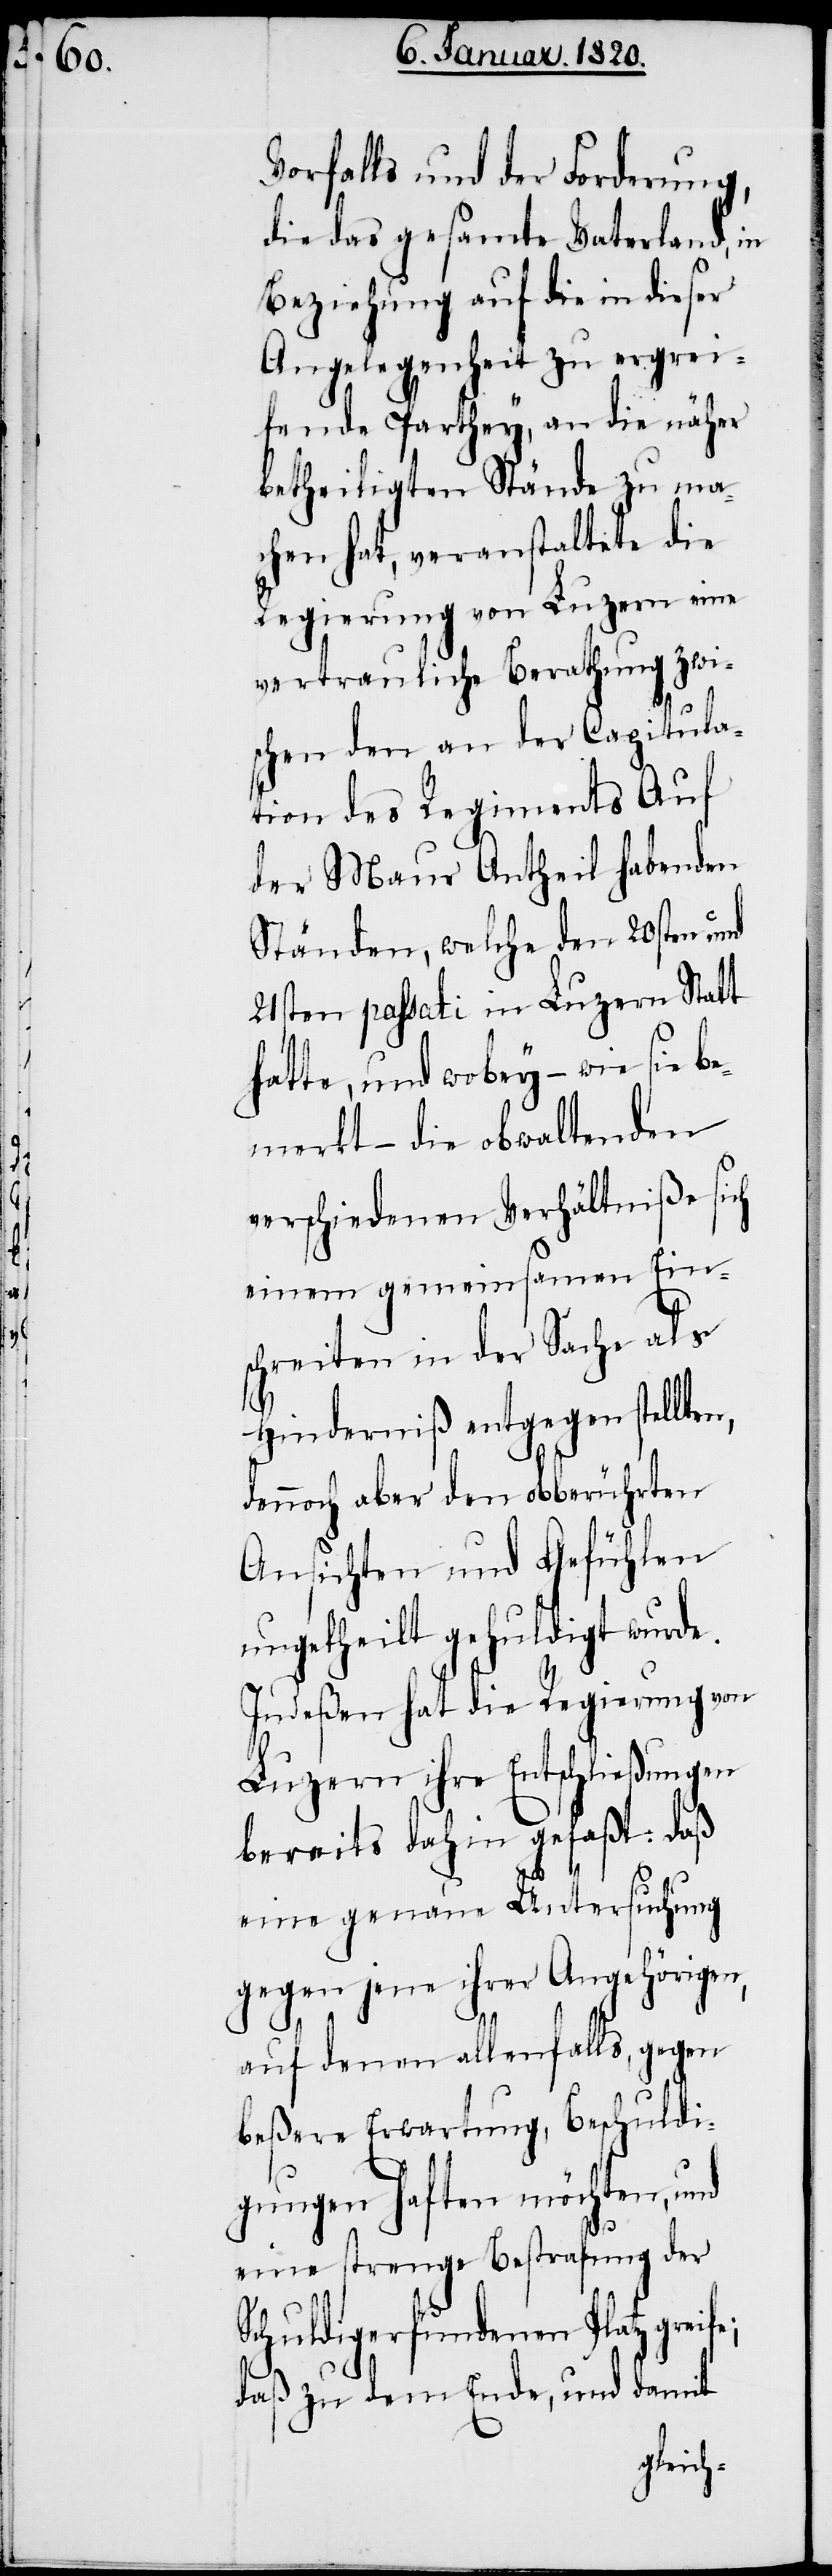
Vorfalls und der Forderung,
die das gesamte Vaterland, in
Beziehung auf die in dieser
Angelegenheit zu ergrei¬
fende Parthey, an die näher
betheiligten Stände zu ma¬
chen hat, veranstaltete die
Regierung von Luzern eine
vertrauliche Berathung zwi¬
schen den an der Capitula¬
tion des Regiments Auf
der Maur Antheil habenden
Ständen, welche den 20sten und
21sten passati in Luzern Statt
hatte, und wobey – wie sie b¬
emerkt – die obwaltenden
verschiedenen Verhältniße sich
einem gemeinsamen Ein¬
schreiten in der Sache als
Hinderniß entgegen stellten,
dennoch aber den obberührten
Ansichten und Gefühlen
ungetheilt gehuldigt wurde.
Indeßen hat die Regierung von
Luzern ihre Entschließungen
bereits dahin gefaßt: daß
eine genaue Untersuchung
gegen jene ihrer Angehörigen,
auf denen allenfalls, gegen
beßere Erwartung, Beschuldi¬
gungen haften möchten, und
eine strenge Bestrafung der
Schuldigerfundenen Platz greife;
daß zu dem Ende, und damit